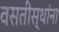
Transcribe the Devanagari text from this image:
वसतीस्थांना